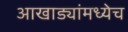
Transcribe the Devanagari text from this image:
आखाड्यांमध्येच